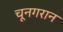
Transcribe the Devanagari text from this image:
चूनगरान